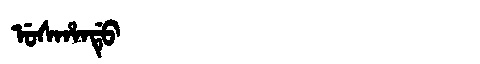
Manchu: ᡠᠰᡥᠠᠨᡩᡠ
Romanization: USHANDU